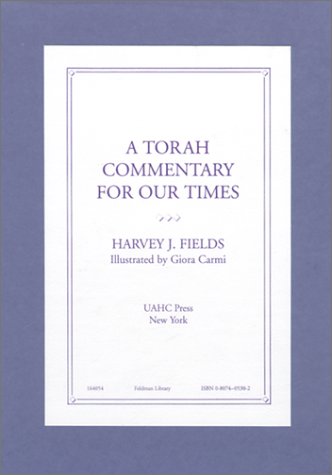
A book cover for A Torah Commentary for Our Times; Harvey J. Fields; Teen & Young Adult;